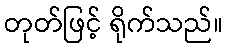
တုတ်ဖြင့် ရိုက်သည်။